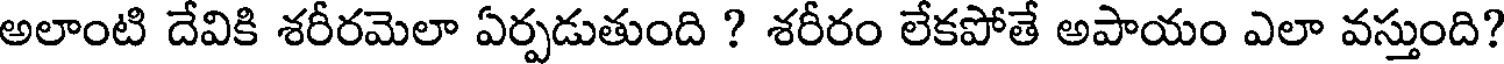
అలాంటి దేవికి శరీరమెలా ఏర్పడుతుంది ? శరీరం లేకపోతే అపాయం ఎలా వస్తుంది?